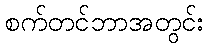
စက်တင်ဘာအတွင်း